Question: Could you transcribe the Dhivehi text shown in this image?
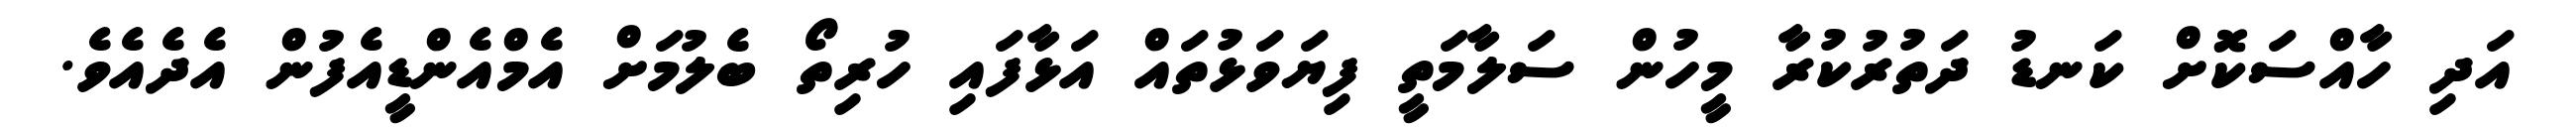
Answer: އަދި ހާއްސަކޮށް ކަނޑު ދަތުރުކުރާ މީހުން ސަލާމަތީ ފިޔަވަޅުތައް އަޅާފައި ހުރިތޯ ބެލުމަށް އެމްއެންޑީއެފުން އެދެއެވެ.